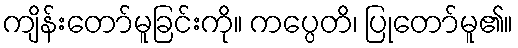
ကျိန်းတော်မူခြင်းကို။ ကပ္ပေတိ၊ ပြုတော်မူ၏။